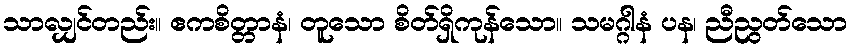
သာလျှင်တည်း။ ဧကစိတ္တာနံ၊ တူသော စိတ်ရှိကုန်သော။ သမဂ္ဂါနံ ပန၊ ညီညွတ်သော